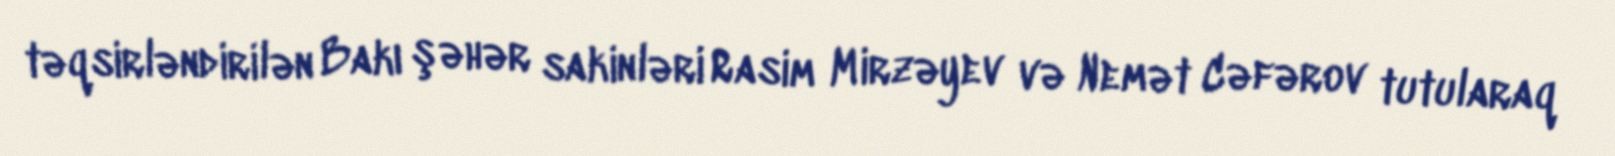
təqsirləndirilən Bakı şəhər sakinləri Rasim Mirzəyev və Nemət Cəfərov tutularaq